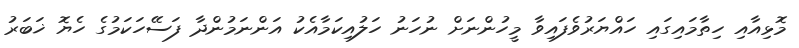
މޮޅިއާއި ހިތާމައިގައި ހައްޔަރުވެފައިވާ މީހުންނަށް ނުހަނު ހަލުއިކަމާއެކު އަންނަމުންދާ ފަސޭހަކަމުގެ ހެޔޮ ޚަބަރު